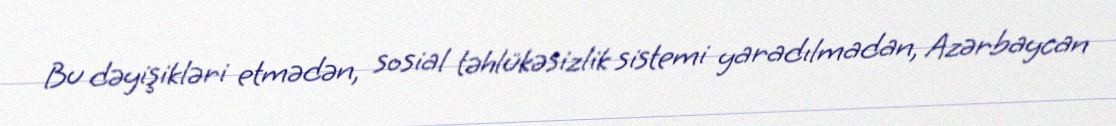
Bu dəyişikləri etmədən, sosial təhlükəsizlik sistemi yaradılmadan, Azərbaycan